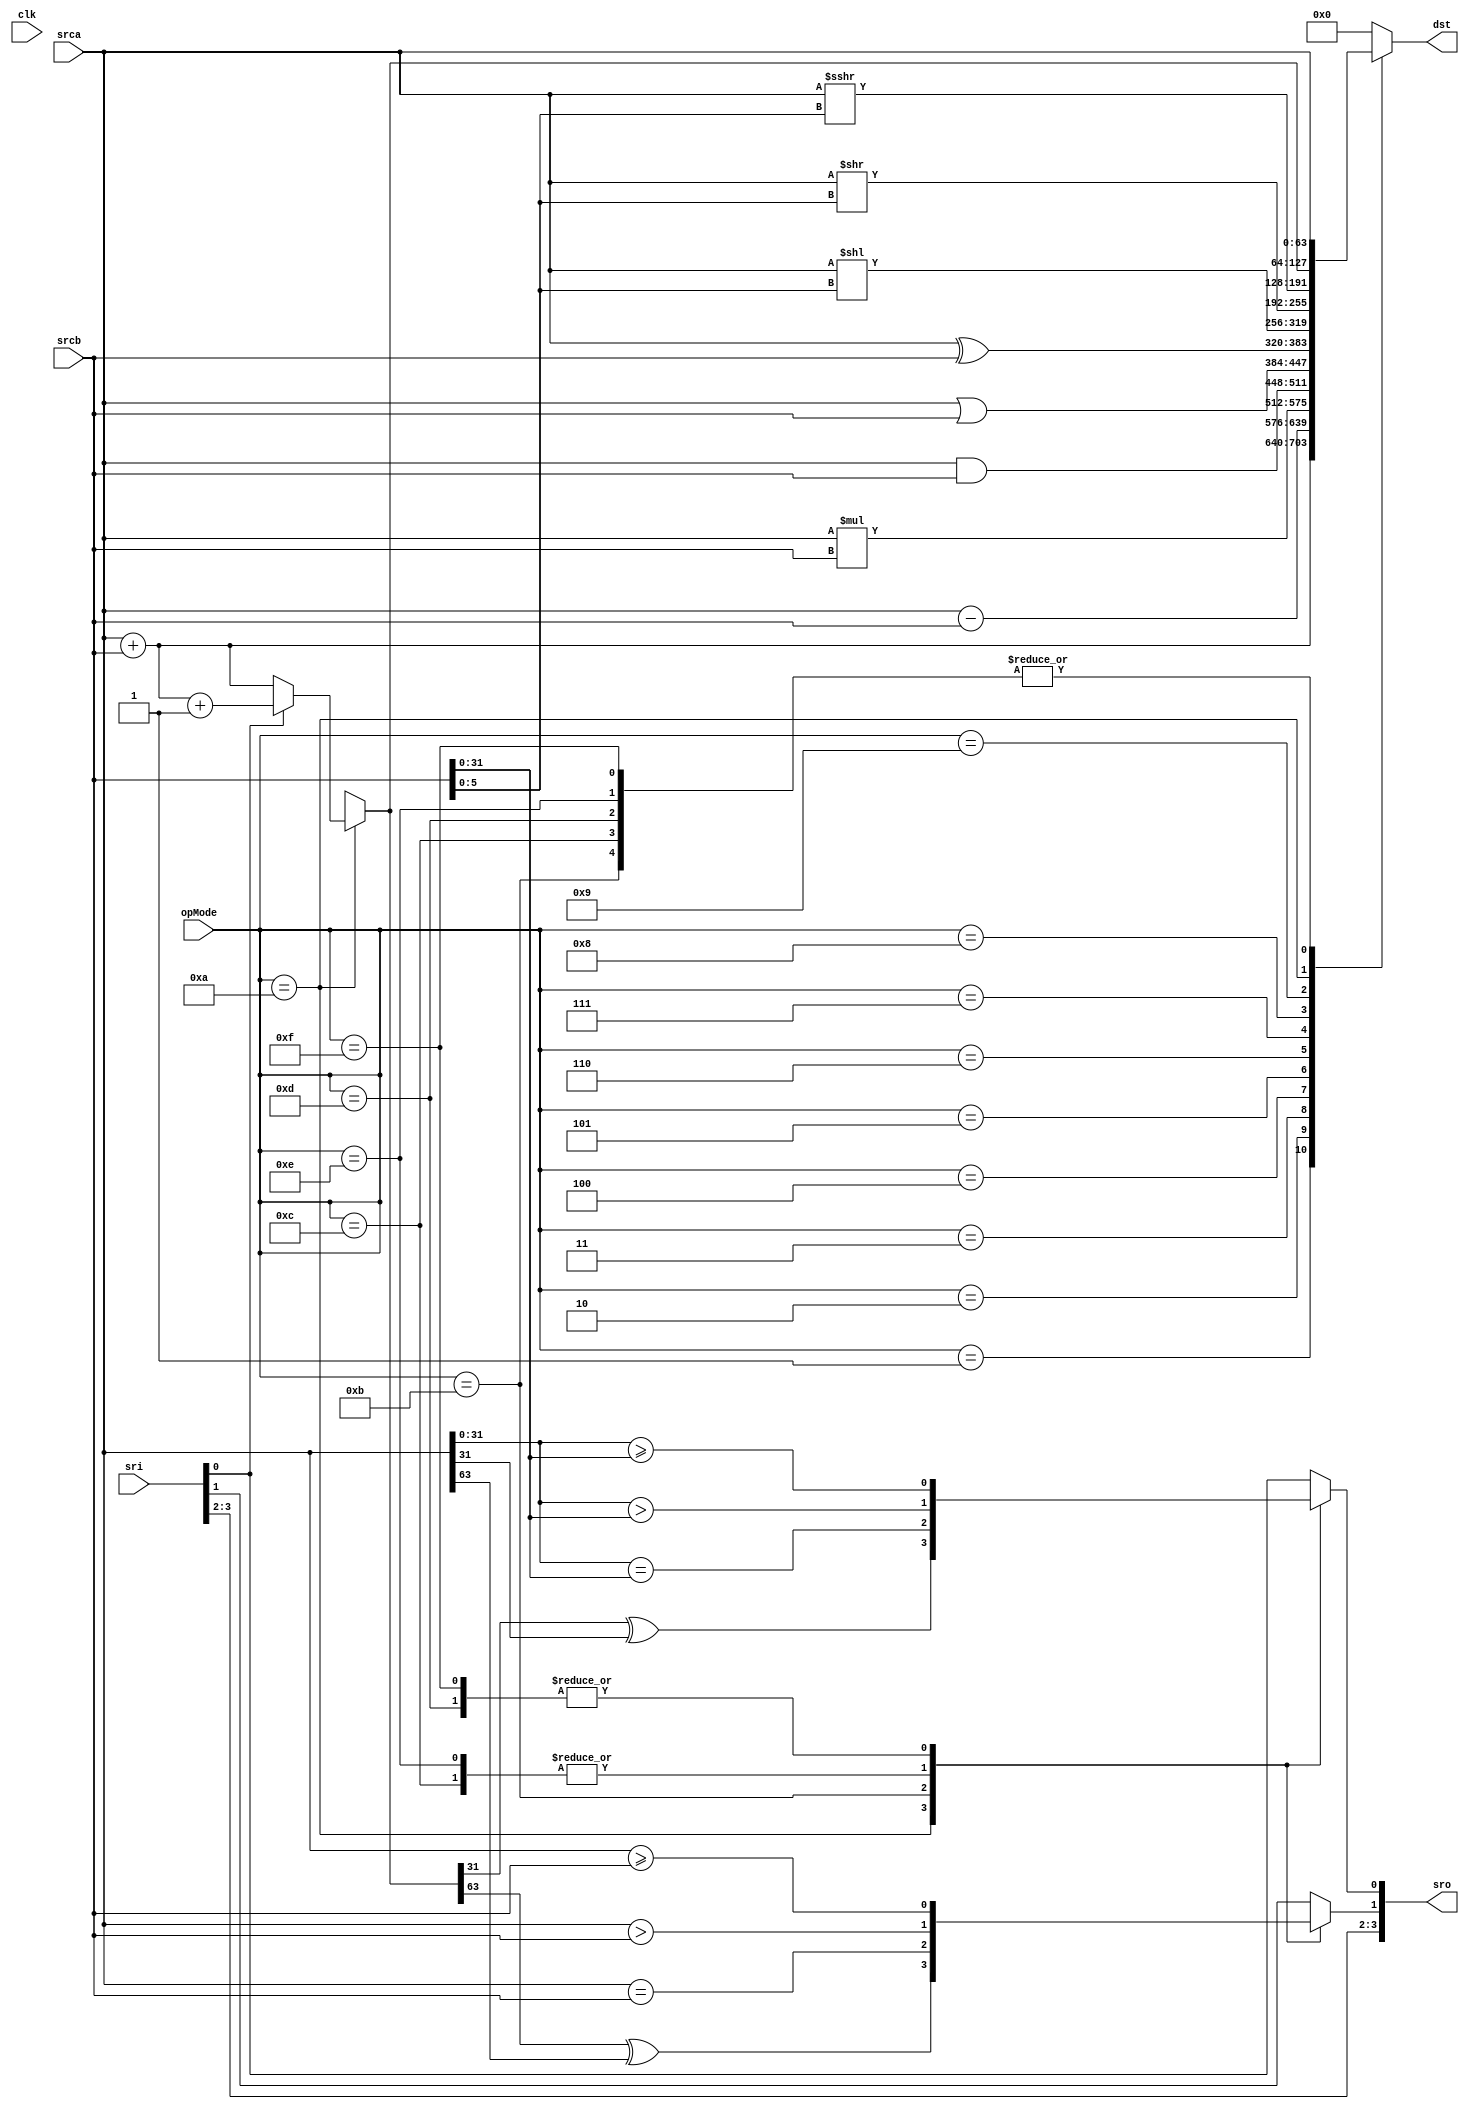
module ArithAlu(
	/* verilator lint_off UNUSED */
	clk,
	opMode,
	srca,
	srcb,
	dst,
	sri,
	sro
);

input			clk;
input[3:0] 		opMode;
input[63:0]		srca;
input[63:0]		srcb;
output[63:0]	dst;

input[3:0] 		sri;
output[3:0] 	sro;

parameter[3:0] UOP_NONE		= 4'h00;
parameter[3:0] UOP_ADD		= 4'h01;
parameter[3:0] UOP_SUB		= 4'h02;
parameter[3:0] UOP_MUL		= 4'h03;
parameter[3:0] UOP_AND		= 4'h04;
parameter[3:0] UOP_OR		= 4'h05;
parameter[3:0] UOP_XOR		= 4'h06;
parameter[3:0] UOP_SHL		= 4'h07;
parameter[3:0] UOP_SHR		= 4'h08;
parameter[3:0] UOP_SAR		= 4'h09;
parameter[3:0] UOP_ADDC		= 4'h0A;
parameter[3:0] UOP_CMPEQ	= 4'h0B;
parameter[3:0] UOP_CMPGT	= 4'h0C;
parameter[3:0] UOP_CMPGE	= 4'h0D;
parameter[3:0] UOP_CMPHS	= 4'h0E;
parameter[3:0] UOP_CMPHI	= 4'h0F;

// reg[63:0]	tSrcaQ;
// reg[63:0]	tSrcbQ;

/* verilator lint_off UNOPTFLAT */
reg[63:0]	tDstQ;

// reg[31:0]	tDst;
reg[5:0]	tShl;
reg[3:0] 	tSr;

assign	dst=tDstQ;
assign	sro=tSr;


always @ (opMode) begin
	case(opMode)
		UOP_ADD: begin
			tDstQ = srca+srcb;
			tSr=sri;
		end
		UOP_SUB: begin
			tDstQ = srca-srcb;
			tSr=sri;
		end
		UOP_MUL: begin
			tDstQ = srca*srcb;
			tSr=sri;
		end
		UOP_AND: begin
			tDstQ = srca&srcb;
			tSr=sri;
		end
		UOP_OR: begin
			tDstQ = srca|srcb;
			tSr=sri;
		end
		UOP_XOR: begin
			tDstQ = srca^srcb;
			tSr=sri;
		end

		UOP_SHL: begin
			tShl = srcb[5:0];
			tDstQ = srca<<tShl;
			tSr=sri;
		end

		UOP_SHR: begin
			tShl = srcb[5:0];
			tDstQ = srca>>tShl;
			tSr=sri;
		end

		UOP_SAR: begin
			tShl = srcb[5:0];
			tDstQ = srca>>>tShl;
			tSr=sri;
		end

		UOP_ADDC: begin
			if(sri[0])
				tDstQ = srca+srcb+1;
			else
				tDstQ = srca+srcb;
			tSr[3:2]=sri[3:2];
			tSr[0]=tDstQ[31]^srca[31];
			tSr[1]=tDstQ[63]^srca[63];
		end

		UOP_CMPEQ: begin
			tDstQ = srca;
			tSr[3:2]=sri[3:2];
			tSr[0]=(srca[31:0]==srcb[31:0]);
			tSr[1]=(srca[63:0]==srcb[63:0]);
		end

		UOP_CMPGT: begin
			tDstQ = srca;
			tSr[3:2]=sri[3:2];
			tSr[0]=(srca[31:0]>srcb[31:0]);
			tSr[1]=(srca[63:0]>srcb[63:0]);
		end

		UOP_CMPGE: begin
			tDstQ = srca;
			tSr[3:2]=sri[3:2];
			tSr[0]=(srca[31:0]>=srcb[31:0]);
			tSr[1]=(srca[63:0]>=srcb[63:0]);
		end

		UOP_CMPHS: begin
			tDstQ = srca;
			tSr[3:2]=sri[3:2];
			tSr[0]=(srca[31:0]>srcb[31:0]);
			tSr[1]=(srca[63:0]>srcb[63:0]);
		end

		UOP_CMPHI: begin
			tDstQ = srca;
			tSr[3:2]=sri[3:2];
			tSr[0]=(srca[31:0]>=srcb[31:0]);
			tSr[1]=(srca[63:0]>=srcb[63:0]);
		end

		default: begin
			tDstQ = 64'h0000_0000_0000_0000;
			tSr=sri;
		end
	endcase

//	dst=tDstQ;
//	sro=tSr;
end

endmodule